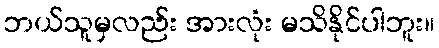
ဘယ်သူမှလည်း အားလုံး မသိနိုင်ပါဘူး။